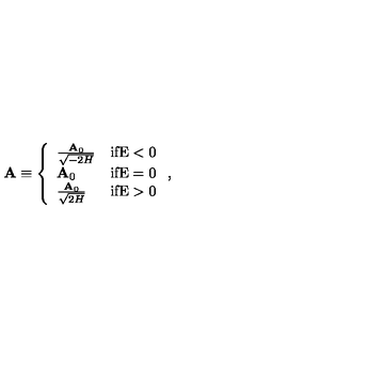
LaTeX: { \bf A } \equiv \left\{ \begin{array} { l r } { \frac { { \bf A } _ { 0 } } { \sqrt { - 2 H } } } & { \mathrm { i f E < 0 } } \\ { { \bf A } _ { 0 } } & { \mathrm { i f E = 0 } } \\ { \frac { { \bf A } _ { 0 } } { \sqrt { 2 H } } } & { \mathrm { i f E > 0 } } \\ \end{array} \right. ,